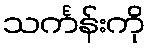
သင်္ကန်းကို